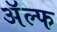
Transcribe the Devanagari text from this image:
अॅल्फ